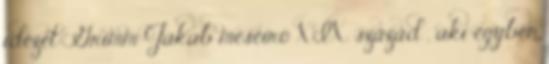
idézet: Grimm Jakab meseíró XIX. század , aki egyben